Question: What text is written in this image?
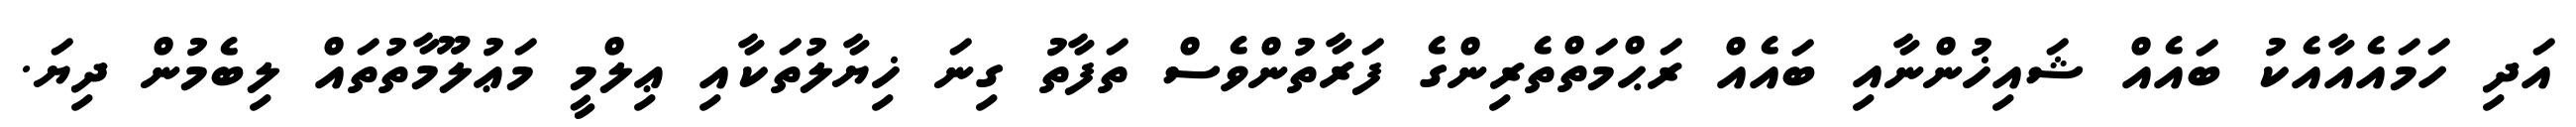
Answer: އަދި ހަމައެއާއެކު ބައެއް ޝައިޚުންނާއި ބައެއް ރަޙްމަތްތެރިންގެ ފަރާތުންވެސް ތަފާތު ގިނަ ޚިޔާލުތަކާއި ޢިލްމީ މަޢުލޫމާތުތައް ލިބެމުން ދިޔަ.